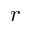
r